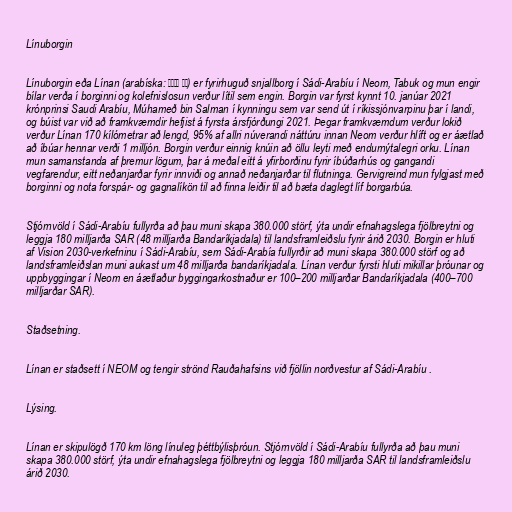
Línuborgin

Línuborgin eða Línan (arabíska: ذا لاين) er fyrirhuguð snjallborg í Sádi-Arabíu í Neom, Tabuk og mun engir
bílar verða í borginni og kolefnislosun verður lítil sem engin. Borgin var fyrst kynnt 10. janúar 2021
krónprinsi Saudi Arabíu, Múhameð bin Salman í kynningu sem var send út í ríkissjónvarpinu þar í landi,
og búist var við að framkvæmdir hefjist á fyrsta ársfjórðungi 2021. Þegar framkvæmdum verður lokið
verður Línan 170 kílómetrar að lengd, 95% af allri núverandi náttúru innan Neom verður hlíft og er áætlað
að íbúar hennar verði 1 milljón. Borgin verður einnig knúin að öllu leyti með endurnýtalegri orku. Línan
mun samanstanda af þremur lögum, þar á meðal eitt á yfirborðinu fyrir íbúðarhús og gangandi
vegfarendur, eitt neðanjarðar fyrir innviði og annað neðanjarðar til flutninga. Gervigreind mun fylgjast með
borginni og nota forspár- og gagnalíkön til að finna leiðir til að bæta daglegt líf borgarbúa.

Stjórnvöld í Sádi-Arabíu fullyrða að þau muni skapa 380.000 störf, ýta undir efnahagslega fjölbreytni og
leggja 180 milljarða SAR (48 milljarða Bandaríkjadala) til landsframleiðslu fyrir árið 2030. Borgin er hluti
af Vision 2030-verkefninu í Sádi-Arabíu, sem Sádi-Arabía fullyrðir að muni skapa 380.000 störf og að
landsframleiðslan muni aukast um 48 milljarða bandaríkjadala. Línan verður fyrsti hluti mikillar þróunar og
uppbyggingar í Neom en áætlaður byggingarkostnaður er 100–200 milljarðar Bandaríkjadala (400–700
milljarðar SAR).

Staðsetning.

Línan er staðsett í NEOM og tengir strönd Rauðahafsins við fjöllin norðvestur af Sádi-Arabíu .

Lýsing.

Línan er skipulögð 170 km löng línuleg þéttbýlisþróun. Stjórnvöld í Sádi-Arabíu fullyrða að þau muni
skapa 380.000 störf, ýta undir efnahagslega fjölbreytni og leggja 180 milljarða SAR til landsframleiðslu
árið 2030.